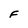
Character: F